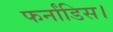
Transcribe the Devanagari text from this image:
फर्नांडिस।